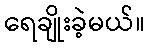
ရေချိုးခဲ့မယ်။